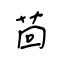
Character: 茴